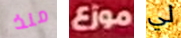
منذ موزع لي